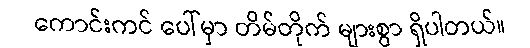
ကောင်းကင် ပေါ်မှာ တိမ်တိုက် များစွာ ရှိပါတယ်။